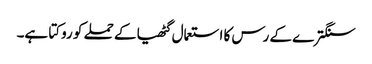
سنگترے کے رس کا استعمال گٹھیا کے حملے کو روکتا ہے۔